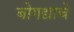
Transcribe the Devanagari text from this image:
बोगद्याचे